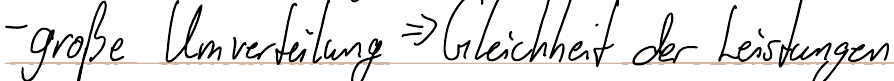
- große Umverteilung => Gleichheit der Leistungen